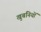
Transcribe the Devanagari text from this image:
खुबनियों